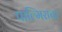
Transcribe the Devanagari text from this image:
पाल्मिराचा